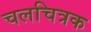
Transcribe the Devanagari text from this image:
चलचित्रक